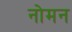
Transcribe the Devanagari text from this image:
नोमन